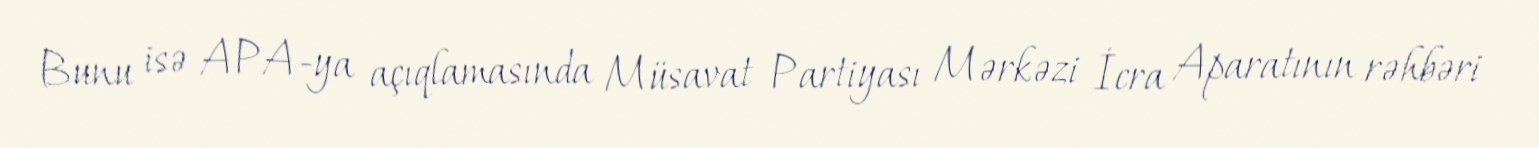
Bunu isə APA-ya açıqlamasında Müsavat Partiyası Mərkəzi İcra Aparatının rəhbəri